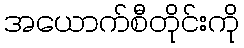
အယောက်စီတိုင်းကို